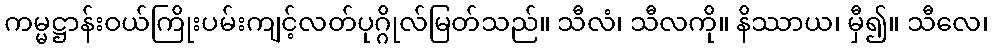
ကမ္မဋ္ဌာန်းဝယ်ကြိုးပမ်းကျင့်လတ်ပုဂ္ဂိုလ်မြတ်သည်။ သီလံ၊ သီလကို။ နိဿာယ၊ မှီ၍။ သီလေ၊